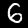
Label: 6